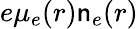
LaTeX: e\mu_{e}(r)\mathsf{n}_{e}(r)